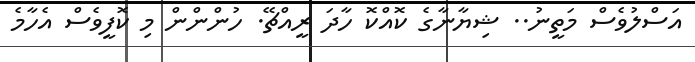
އަސްލުވެސް މަތީނު.. ޝިޔާނާގެ ކޮއްކޮ ހާދަ ރީއްޗޭ. ހުންންން މި ކޮފީވެސް އެހާމެ